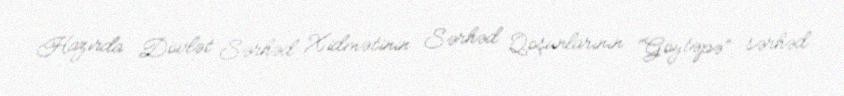
Hazırda Dövlət Sərhəd Xidmətinin Sərhəd Qoşunlarının “Göytəpə” sərhəd